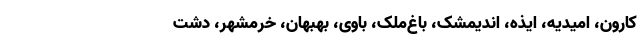
کارون، امیدیه، ایذه، اندیمشک، باغ‌ملک، باوی، بهبهان، خرمشهر، دشت